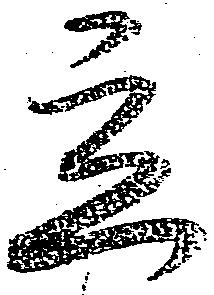
立